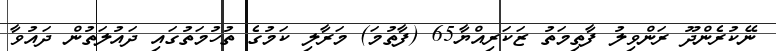
ނޭކުރެންދޫ ރަންވިލު ފާތިމަތު ޒަކަރިއްޔާ65 (ފާތުމަ) މަރާލި ކަމުގެ ތުހުމަތުގައި ދައުލަތުން ދައުވާ